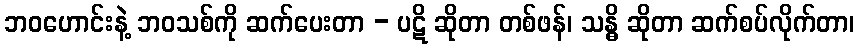
ဘဝဟောင်းနဲ့ ဘဝသစ်ကို ဆက်ပေးတာ - ပဋိ ဆိုတာ တစ်ဖန်၊ သန္ဓိ ဆိုတာ ဆက်စပ်လိုက်တာ၊